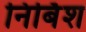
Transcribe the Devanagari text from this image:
निर्बिश